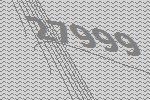
27999